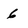
Character: 6